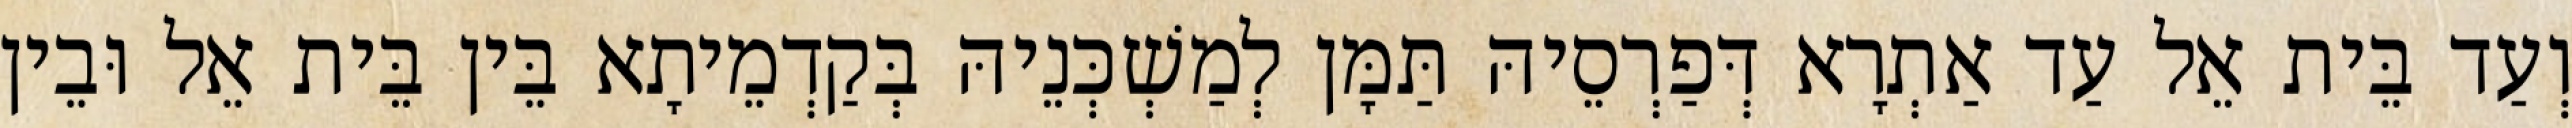
וְעַד בֵּית אֵל עַד אַתְרָא דְּפַרְסֵיהּ תַּמָּן לְמַשְׁכְּנֵיהּ בְּקַדְמֵיתָא בֵּין בֵּית אֵל וּבֵין